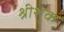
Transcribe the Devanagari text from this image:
श्रीशुक